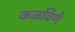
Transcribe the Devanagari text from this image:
कळविणे